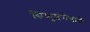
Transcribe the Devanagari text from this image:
सिकुड़नेवाले